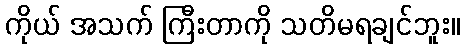
ကိုယ် အသက် ကြီးတာကို သတိမရချင်ဘူး။